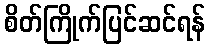
စိတ်ကြိုက်ပြင်ဆင်ရန်